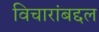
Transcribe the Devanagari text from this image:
विचारांबद्दल